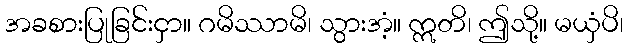
အခစားပြုခြင်းငှာ။ ဂမိဿာမိ၊ သွားအံ့။ ဣတိ၊ ဤသို့။ မယှံပိ၊